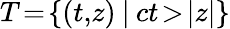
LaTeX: T\! =\! \{ (t,\! z)\: |\: ct\! >\! |z|\}